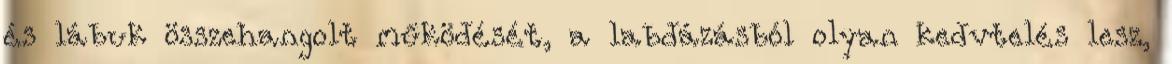
és lábuk összehangolt működését, a labdázásból olyan kedvtelés lesz,